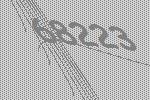
68223